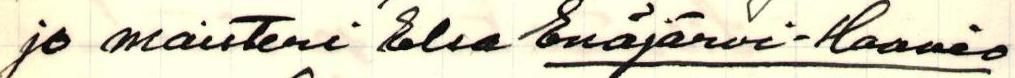
jo maisteri Elsa Enäjärvi-Haavio